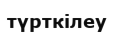
түрткілеу